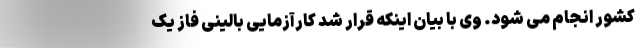
کشور انجام می شود. وی با بیان اینکه قرار شد کارآزمایی بالینی فاز یک